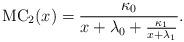
LaTeX: \begin{align*}\mathrm{MC}_2(x)=\frac {\kappa_0}{ x+\lambda_0+\frac {\kappa_1}{x+\lambda_1}}.\end{align*}